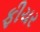
ફીચર